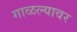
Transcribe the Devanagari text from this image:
गाळल्यावर